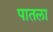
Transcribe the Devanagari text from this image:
पातला